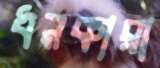
ধনকারা